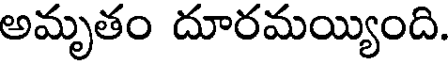
అమృతం దూరమయ్యింది.